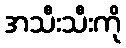
အသီးသီးကို